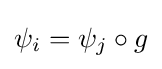
{\textstyle \psi _{i}=\psi _{j}\circ g}